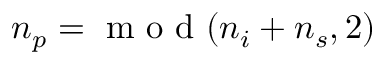
n _ { p } = \mathrm { ~ m ~ o ~ d ~ } ( n _ { i } + n _ { s } , 2 )